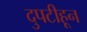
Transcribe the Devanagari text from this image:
दुपटीहून